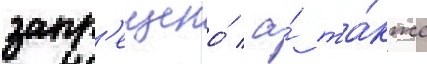
запр'ещено́ / а́ та́кже